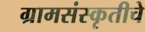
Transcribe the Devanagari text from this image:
ग्रामसंस्कृतीचे